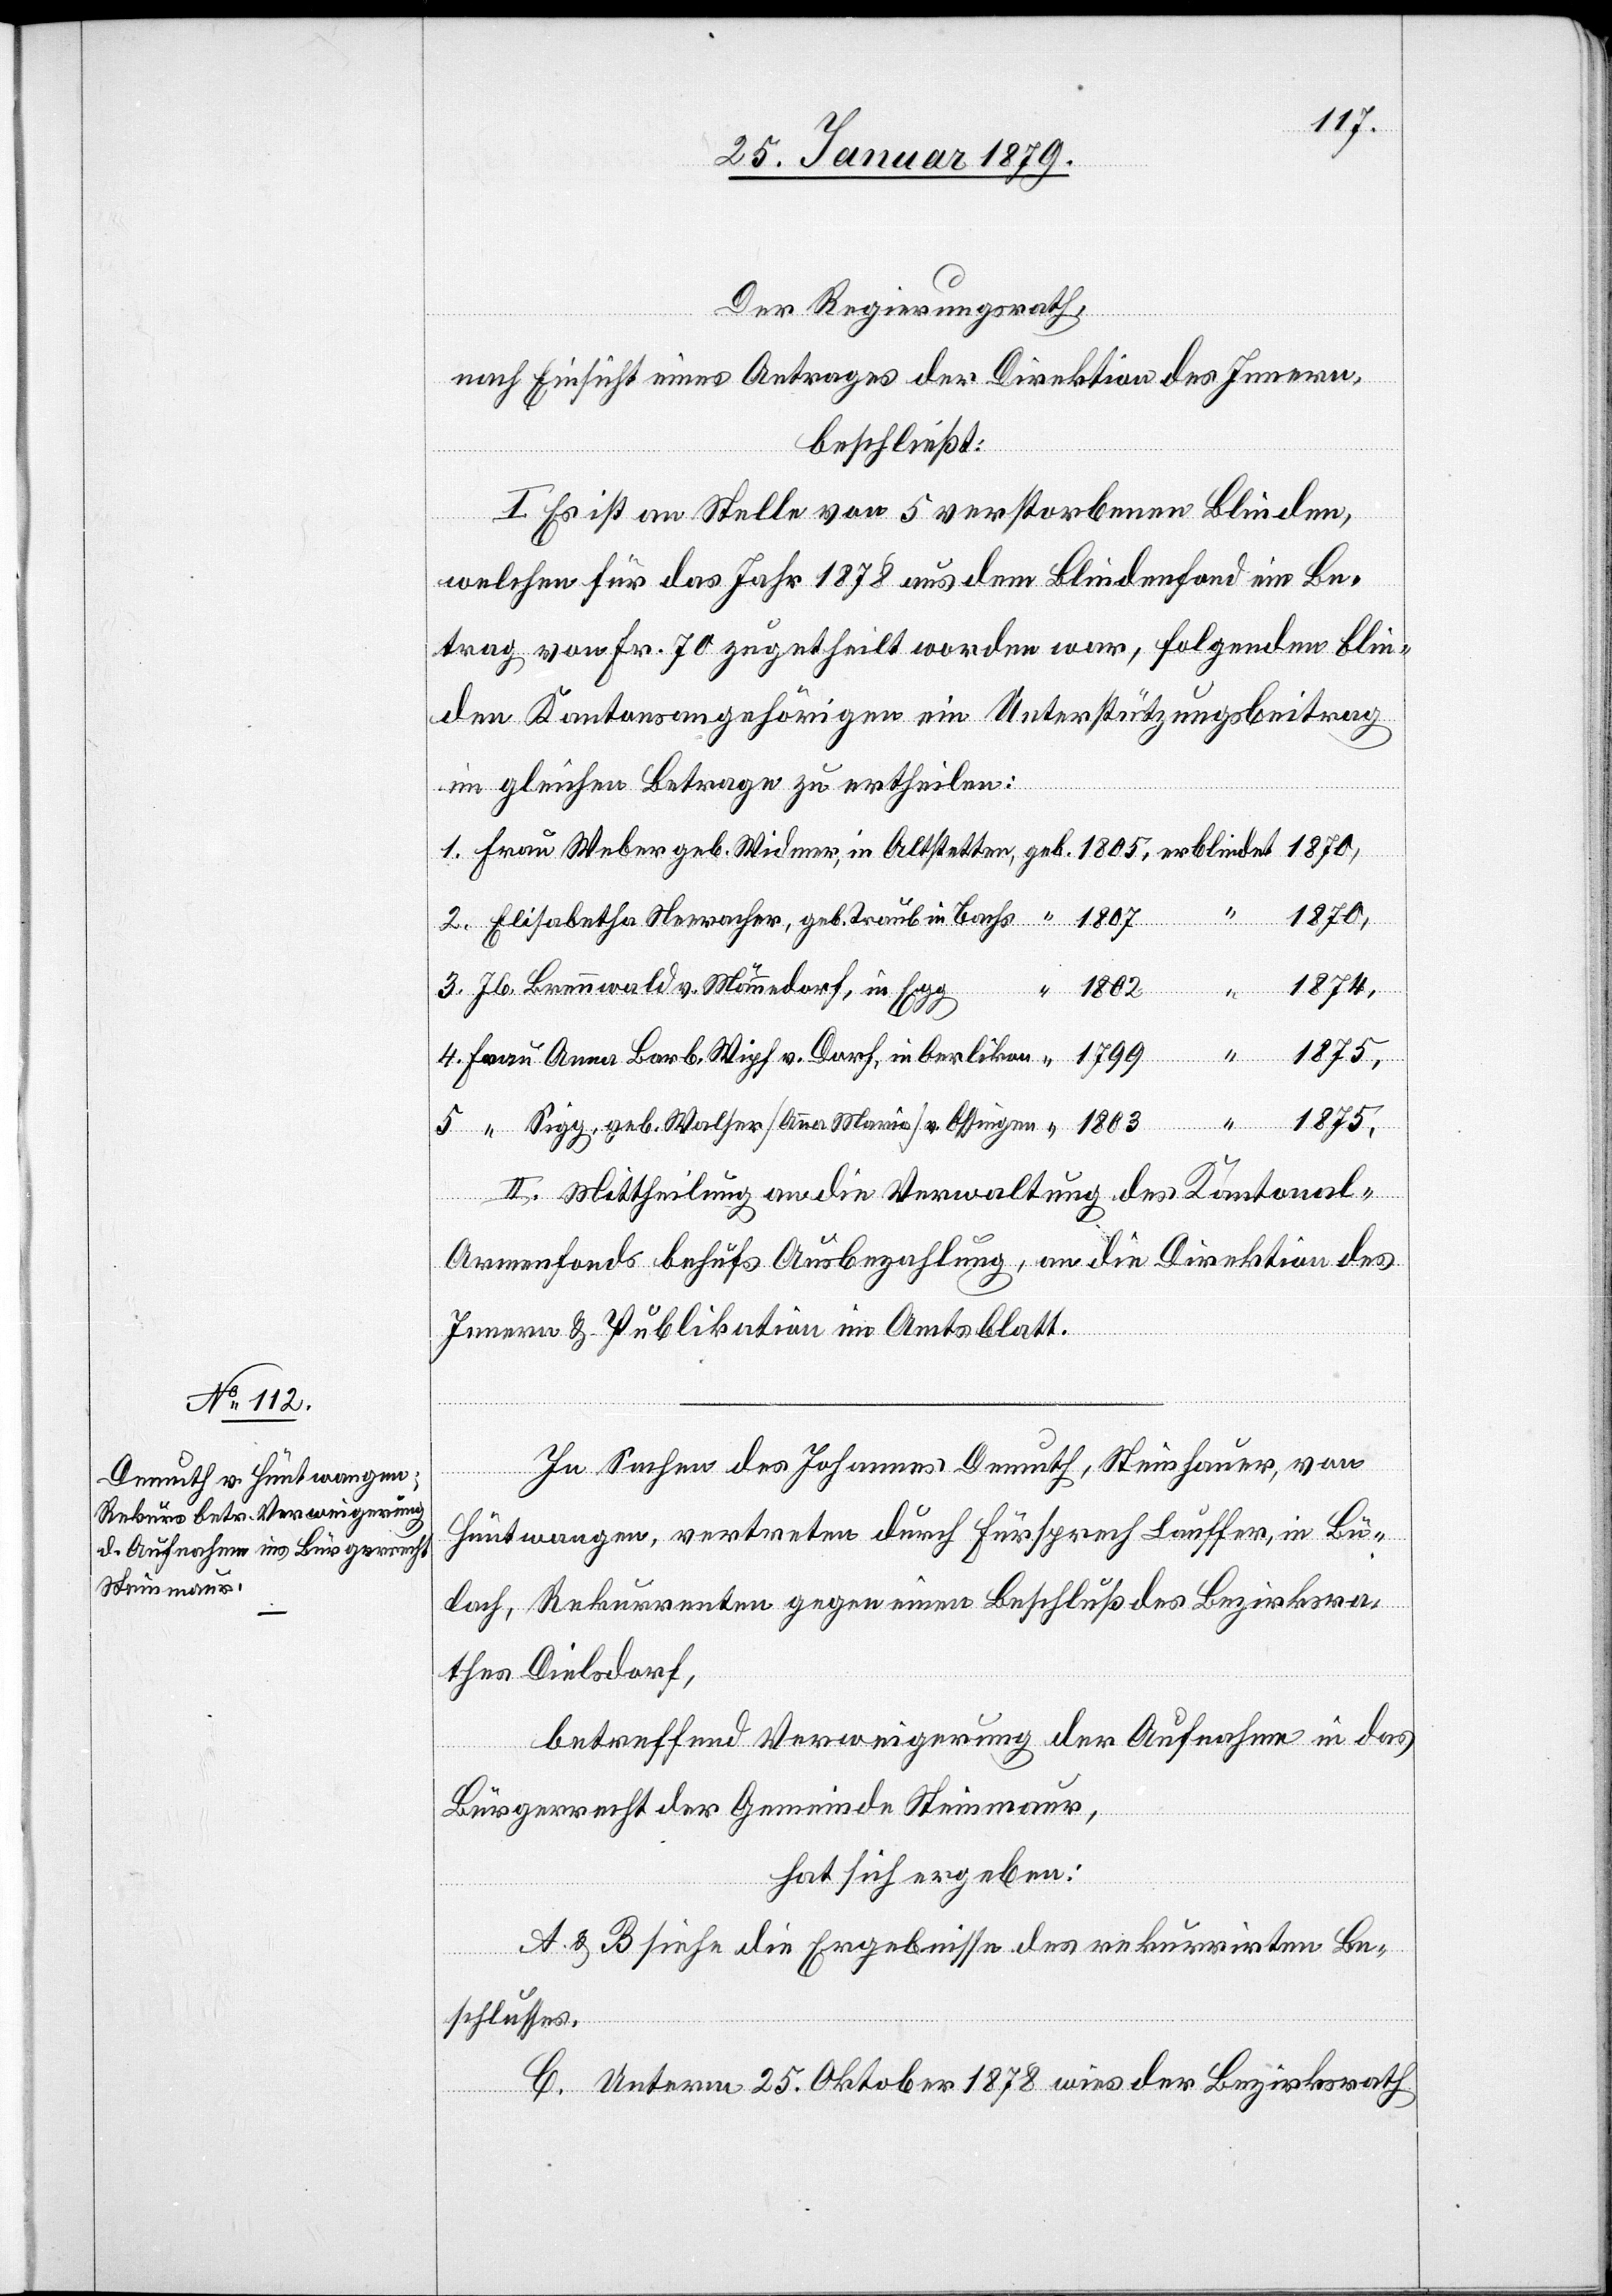
1875.
Der Regierungsrath,
nach Einsicht eines Antrages der Direktion des Innern,
beschließt:
I. Es ist an Stelle von 5 verstorbenen Blinden,
2.
welchen für das Jahr 1878 aus dem Blindenfond ein Be¬
trag von Fr. 70 zugetheilt worden war, folgenden blin¬
den Kantonsangehörigen ein Unterstützungsbeitrag
im gleichen Betrage zu ertheilen:
1875,
Jb. Brennwald v. Männedorf, in Egg
1803
1874,
Frau
4.
ingen
II. Mittheilung an die Verwaltung des Kantonal-A¬
rmenfonds behufs Ausbezahlung, an die Direktion des
[Anna
Innern & Publikation im Amtsblatt.
In Sachen des Johannes Demuth, Steinhauer, von
Hüntwangen, vertreten durch Fürsprech Lauffer, in Bü¬
lach, Rekurrenten gegen einen Beschluß des Bezirksra¬
thes Dielsdorf,
betreffend Verweigerung der Aufnahme in das
Bürgerrecht der Gemeinde Steinmaur,
hat sich ergeben:
A & B siehe die Ergebnisse des rekurrirten Be¬
a]
schlusses.
C. Unterm 25. Oktober 1878 wies der Bezirksrath